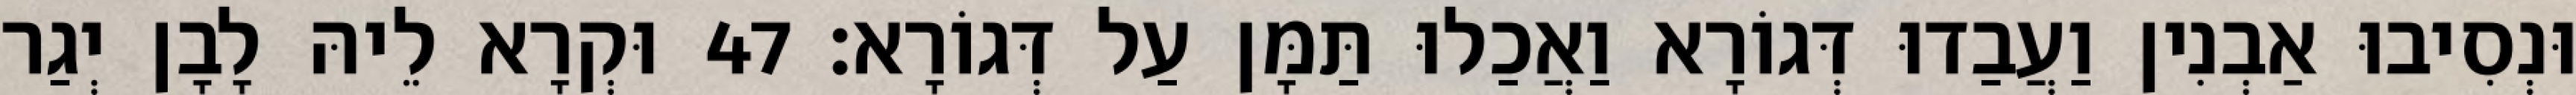
וּנְסִיבוּ אַבְנִין וַעֲבַדוּ דְּגוֹרָא וַאֲכַלוּ תַּמָּן עַל דְּגוֹרָא׃ 47 וּקְרָא לֵיהּ לָבָן יְגַר